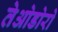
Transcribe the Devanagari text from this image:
तेओडोरो